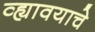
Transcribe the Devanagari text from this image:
व्ह्यावयाचे